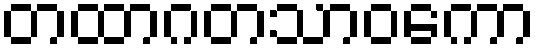
တထာဂတသာဝကော